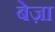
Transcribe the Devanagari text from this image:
बेज़ा